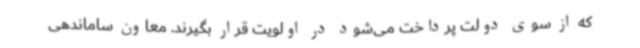
که از سوی دولت پرداخت می‌شود در اولویت قرار بگیرند. معاون ساماندهی